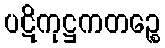
ပဋိကုဋ္ဌကတဉ္စေ